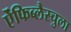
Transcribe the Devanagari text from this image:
ऐंफिब्लैस्चुला